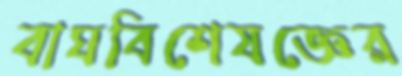
বাঘবিশেষজ্ঞের